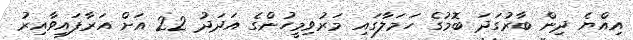
އިއްޔެ ދިން ބާރުގަދަ ބޮމުގެ ހަމަލާގައި މަރުވިމީހުންގެ އަދަދު 22 އަށް އަރާފައިވާއިރު